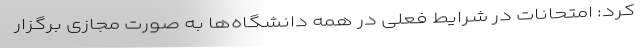
کرد: امتحانات در شرایط فعلی در همه دانشگاه‌ها به صورت مجازی برگزار